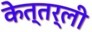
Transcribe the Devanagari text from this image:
केत्तर्ली